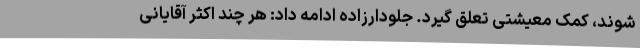
شوند، کمک معیشتی تعلق گیرد. جلودارزاده ادامه داد: هر چند اکثر آقایانی